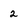
Character: 2